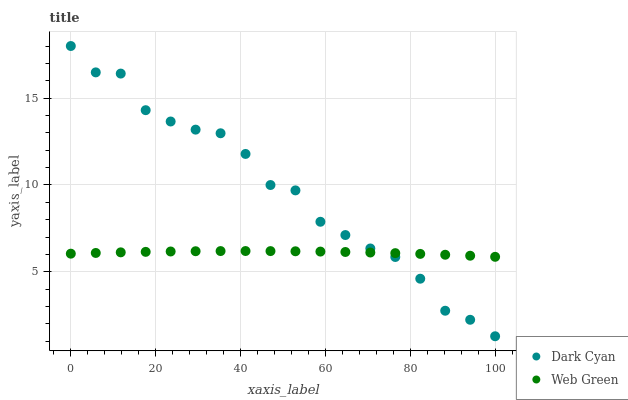
| xaxis_label | Dark Cyan | Web Green |
 | --- | --- | --- |
 | 0 | 18 | 6.04 |
 | 5.88 | 16.5 | 6.08 |
 | 11.8 | 16.4 | 6.12 |
 | 17.6 | 14.3 | 6.14 |
 | 23.5 | 13.7 | 6.17 |
 | 29.4 | 13.2 | 6.18 |
 | 35.3 | 13 | 6.19 |
 | 41.2 | 11.8 | 6.19 |
 | 47.1 | 9.99 | 6.19 |
 | 52.9 | 9.69 | 6.18 |
 | 58.8 | 7.88 | 6.16 |
 | 64.7 | 7.11 | 6.14 |
 | 70.6 | 6.34 | 6.11 |
 | 76.5 | 5.85 | 6.07 |
 | 82.4 | 4.6 | 6.03 |
 | 88.2 | 2.75 | 5.98 |
 | 94.1 | 2.23 | 5.92 |
 | 100 | 1.28 | 5.86 |